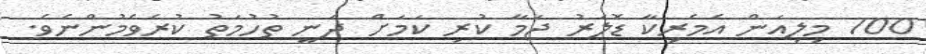
700 މިލިއަން އެމެރިކާ ޑޮލަރު ޖަމާ ކުރި ކަމަށް ދަނީ ތުހުމަތު ކުރެވެމުންނެވެ.